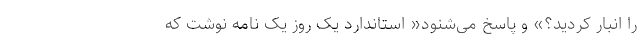
را انبار کردید؟» و پاسخ می‌شنود« استاندارد یک روز یک نامه نوشت که